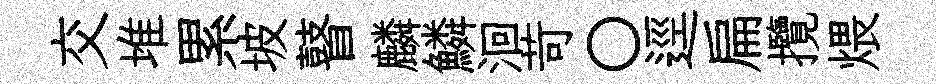
交堆累坡瞽麟鱗洄苛〇逕扁攬煨